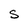
Character: s